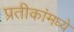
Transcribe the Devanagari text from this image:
प्रतीकांमध्ये